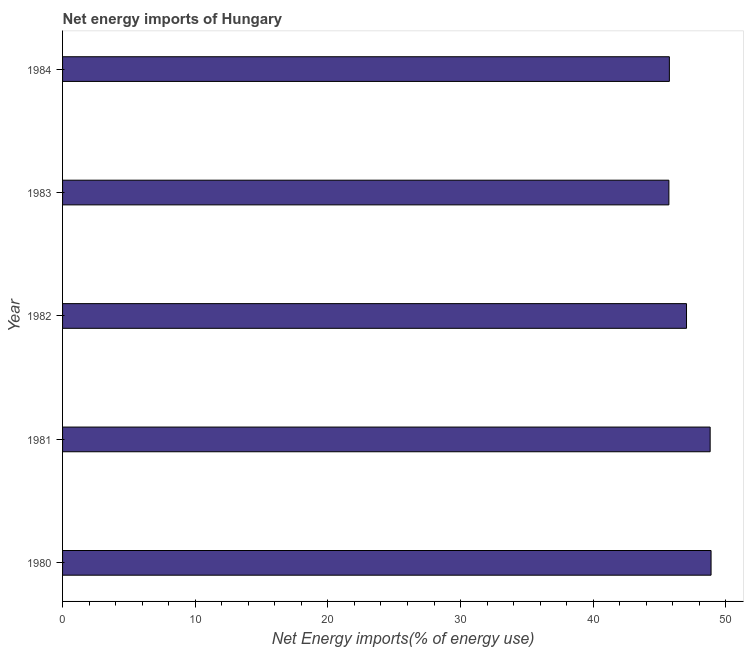
| Year | Energy imports |
 | --- | --- |
 | 1980 | 48.9 |
 | 1981 | 48.8 |
 | 1982 | 47 |
 | 1983 | 45.7 |
 | 1984 | 45.7 |